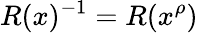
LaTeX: R(x)^{-1}=R(x^{\rho})